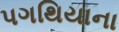
પગથિયાના